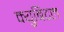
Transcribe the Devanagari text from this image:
क्युबिटल